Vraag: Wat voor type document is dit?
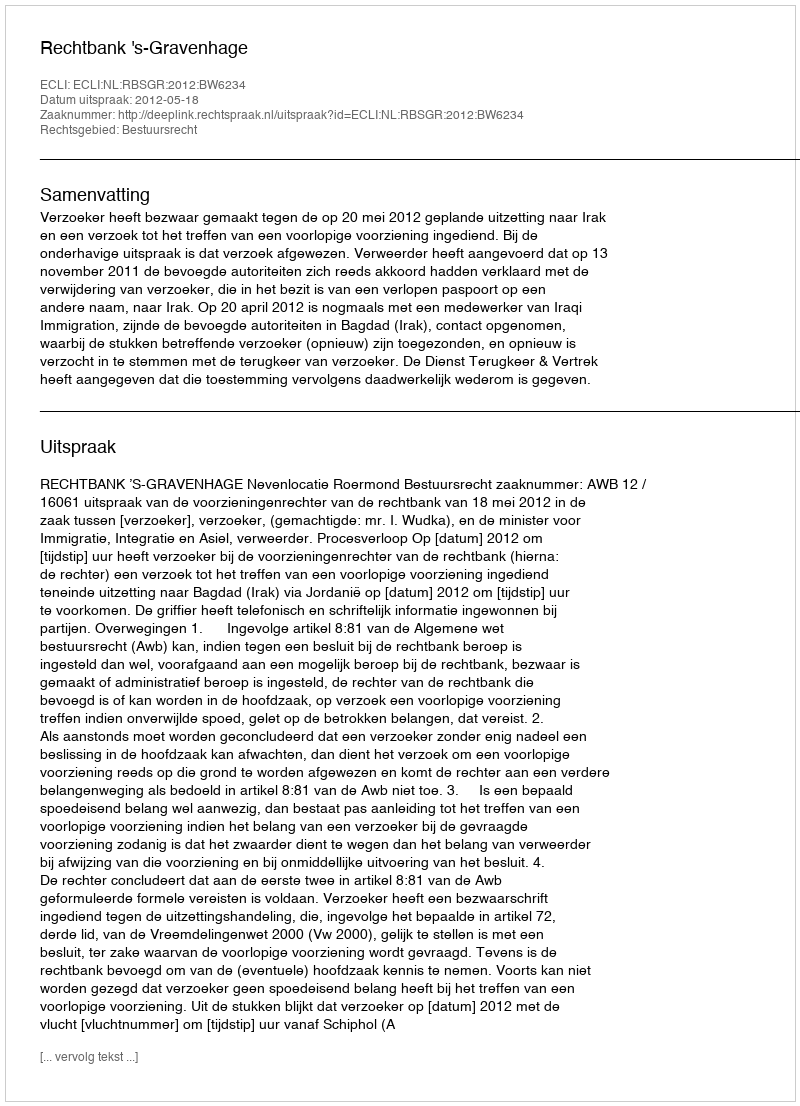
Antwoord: Uitspraak